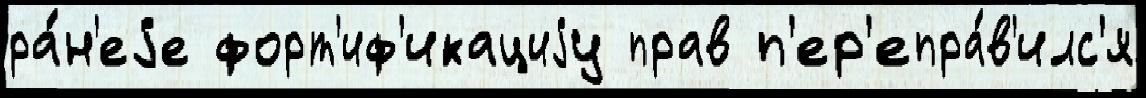
ра́н'еjе форт'иф'икациjу прав п'ер'епра́в'илс'я